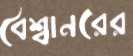
বৈশ্বানরের